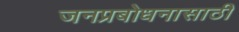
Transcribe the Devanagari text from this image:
जनप्रबोधनासाठी